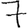
Digit: 7